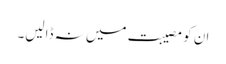
ان کو مصیبت میں نہ ڈالیں۔